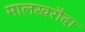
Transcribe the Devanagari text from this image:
मालखरौदा